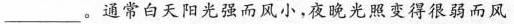
___。通常白天阳光强而风小，夜晚光照变得很弱而风